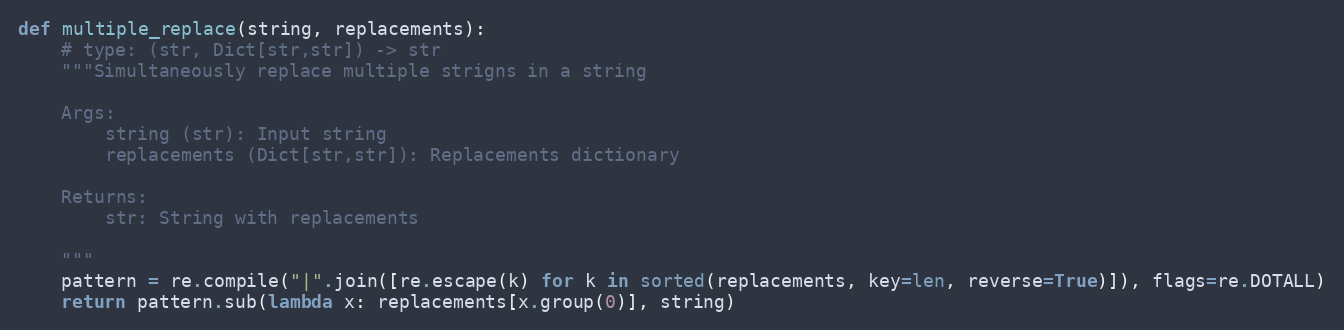
Language: Python
def multiple_replace(string, replacements):
    # type: (str, Dict[str,str]) -> str
    """Simultaneously replace multiple strigns in a string

    Args:
        string (str): Input string
        replacements (Dict[str,str]): Replacements dictionary

    Returns:
        str: String with replacements

    """
    pattern = re.compile("|".join([re.escape(k) for k in sorted(replacements, key=len, reverse=True)]), flags=re.DOTALL)
    return pattern.sub(lambda x: replacements[x.group(0)], string)